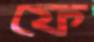
ফে